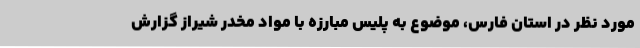
مورد نظر در استان فارس، موضوع به پلیس مبارزه با مواد مخدر شیراز گزارش